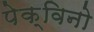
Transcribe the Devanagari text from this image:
पेक्विनो